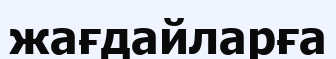
жағдайларға